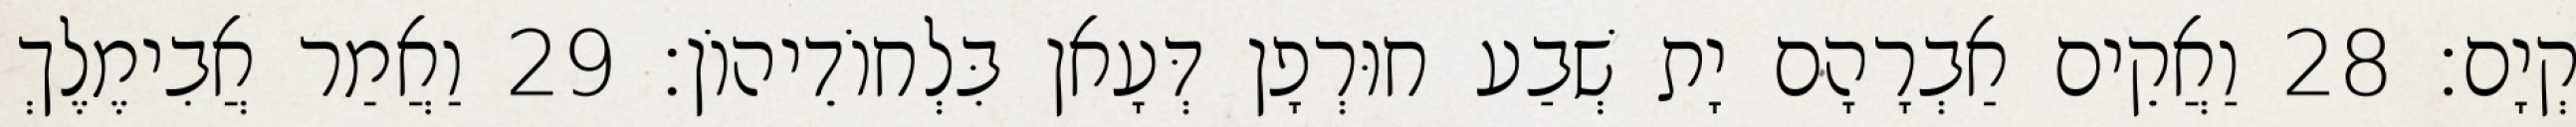
קְיָם׃ 28 וַאֲקֵים אַבְרָהָם יָת שְׁבַע חוּרְפָן דְּעָאן בִּלְחוֹדֵיהוֹן׃ 29 וַאֲמַר אֲבִימֶלֶךְ